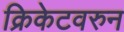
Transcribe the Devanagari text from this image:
क्रिकेटवरुन